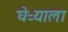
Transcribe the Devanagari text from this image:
घेऱ्याला